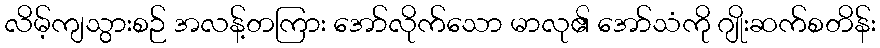
လိမ့်ကျသွားစဉ် အလန့်တကြား အော်လိုက်သော မာလု၏ အော်သံကို ဂျိုးဆက်စတိန်း